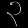
Digit: ၃